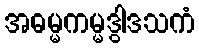
အဓမ္မကမ္မဒွါဒသကံ